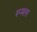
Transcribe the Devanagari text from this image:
स्प्यलर